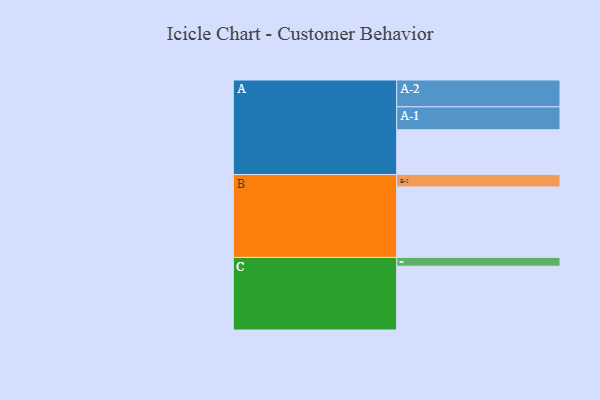
{"axis": {"x": "Segment", "y": "Value"}, "legend": ["", "A", "B", "C"], "data": [{"x": "A", "y": 342, "type": ""}, {"x": "B", "y": 538, "type": ""}, {"x": "C", "y": 487, "type": ""}, {"x": "A-1", "y": 175, "type": "A"}, {"x": "A-2", "y": 205, "type": "A"}, {"x": "B-1", "y": 95, "type": "B"}, {"x": "C-1", "y": 67, "type": "C"}]}